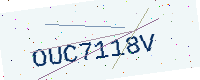
Text: OUC7118V